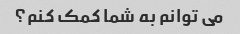
می توانم به شما کمک کنم؟